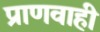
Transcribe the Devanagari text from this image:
प्राणवाही